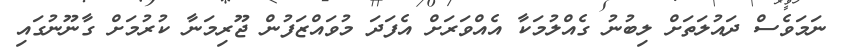
ނަމަވެސް ދައުލަތަށް ލިބުނު ގެއްލުމަކާ އެއްވަރަށް އެފަދަ މުވައްޒަފުން ޖޫރިމަނާ ކުރުމަށް ގާނޫނުގައި